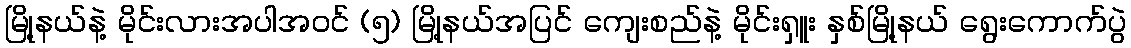
မြို့နယ်နဲ့ မိုင်းလားအပါအဝင် (၅) မြို့နယ်အပြင် ကျေးစည်နဲ့ မိုင်းရှူး နှစ်မြို့နယ် ရွေးကောက်ပွဲ